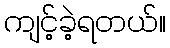
ကျင့်ခဲ့ရတယ်။